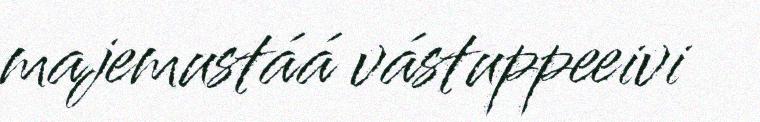
majemustáá vástuppeeivi